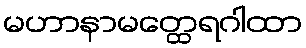
မဟာနာမတ္ထေရဂါထာ